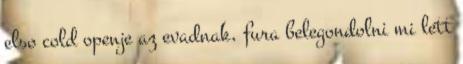
elso cold openje az evadnak, fura belegondolni mi lett